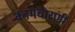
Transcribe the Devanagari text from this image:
कामचारणी